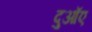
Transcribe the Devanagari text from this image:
दुआॅए